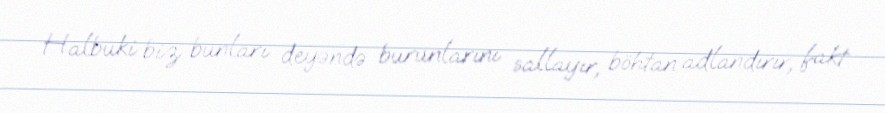
Halbuki biz bunları deyəndə burunlarını sallayır, böhtan adlandırır, fakt